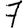
Digit: 7